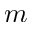
m